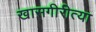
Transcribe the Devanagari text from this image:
खासगीरीत्या